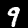
Digit: 9